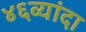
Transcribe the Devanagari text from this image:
४६व्यांदा